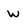
Character: W